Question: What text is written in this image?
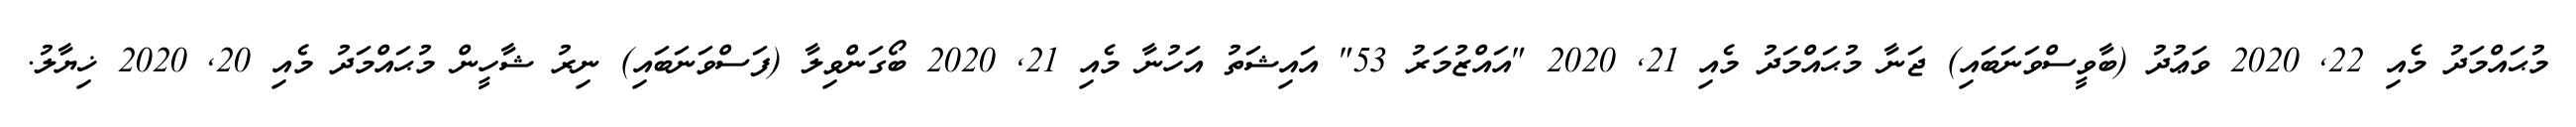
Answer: މުޙައްމަދު މެއި 22, 2020 ވަޢުދު (ބާވީސްވަނަބައި) ޖަނާ މުޙައްމަދު މެއި 21, 2020 "އައްޒުމަރު 53" އައިޝަތު އަހުނާ މެއި 21, 2020 ބޯގަންވިލާ (ފަސްވަނަބައި) ނިރު ޝާހީން މުޙައްމަދު މެއި 20, 2020 ޚިޔާލު.